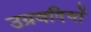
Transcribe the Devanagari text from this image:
उग्रवदियों